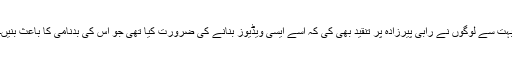
بہت سے لوگوں نے رابی پیرزادہ پر تنقید بھی کی کہ اسے ایسی ویڈیوز بنانے کی ضرورت کیا تھی جو اس کی بدنامی کا باعث بنیں۔